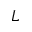
L